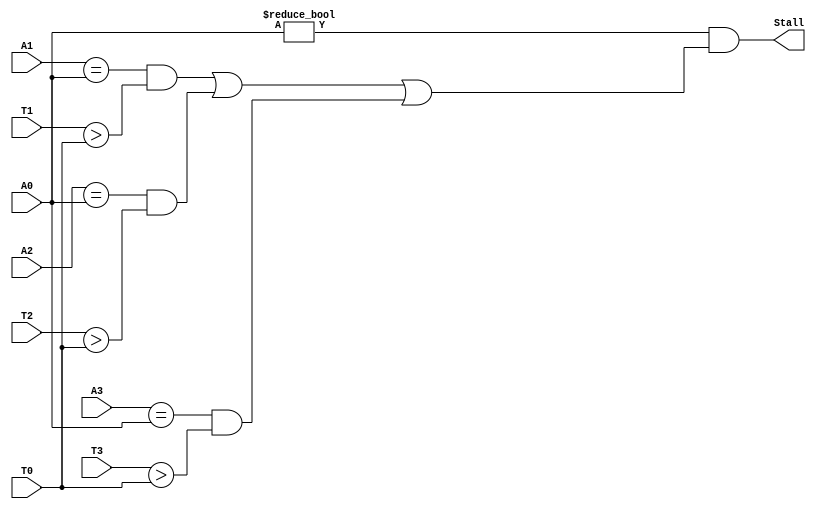
`timescale 1ns / 1ps
module stu(
		input [4:0] A0,
		input [1:0] T0,
		input [4:0] A1,
		input [1:0] T1,
		input [4:0] A2,
		input [1:0] T2,
		input [4:0] A3,
		input [1:0] T3,
		output Stall
	);
	assign Stall=(A0!=0 && ((A1==A0 && T1>T0) || (A2==A0 && T2>T0) || (A3==A0 && T3>T0)));
endmodule